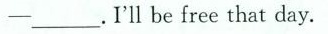
-___.I'll be free that day.